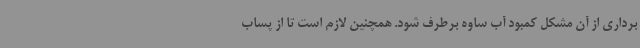
برداری از آن مشکل کمبود آب ساوه برطرف شود. همچنین لازم است تا از پساب